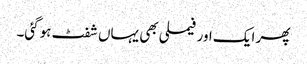
پھر ایک اور فیملی بھی یہاں شفٹ ہوگئی۔